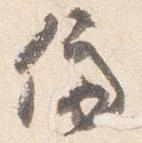
停